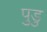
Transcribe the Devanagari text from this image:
पुडु